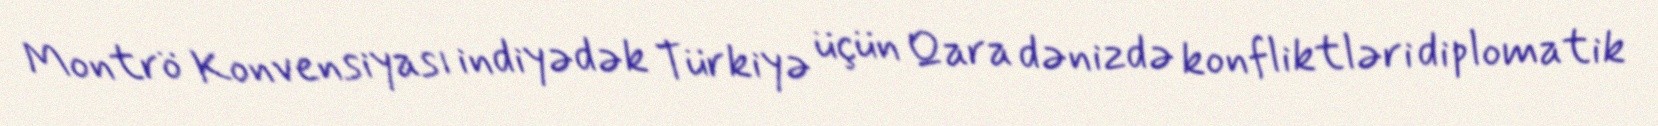
Montrö Konvensiyası indiyədək Türkiyə üçün Qara dənizdə konfliktləri diplomatik